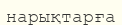
нарықтарға